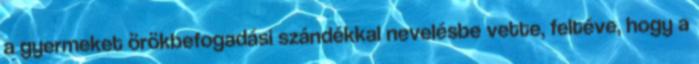
a gyermeket örökbefogadási szándékkal nevelésbe vette, feltéve, hogy a